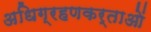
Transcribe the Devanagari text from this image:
अधिग्रहणकर्ताओं